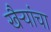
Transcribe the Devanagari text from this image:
खैर्‍यांचा